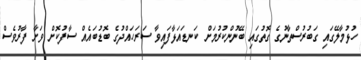
ހުޅުމާލޭގައި ގަބުރުސްތާނުގެ ގޮތުގައި ބޭނުންކުރުމަށް ކަނޑައަޅާފައިވާ ސަރަހައްދުގެ ބޮޑުބައެއް ސާފުކޮށް ވަށާ ފާރުވެސް